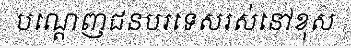
បណ្តេញជនបរទេសរស់នៅខុស